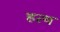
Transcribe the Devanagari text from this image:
हत्थ